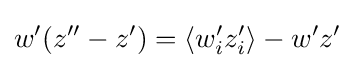
w'(z''-z')=\langle w'_{i}z'_{i}\rangle -w'z'